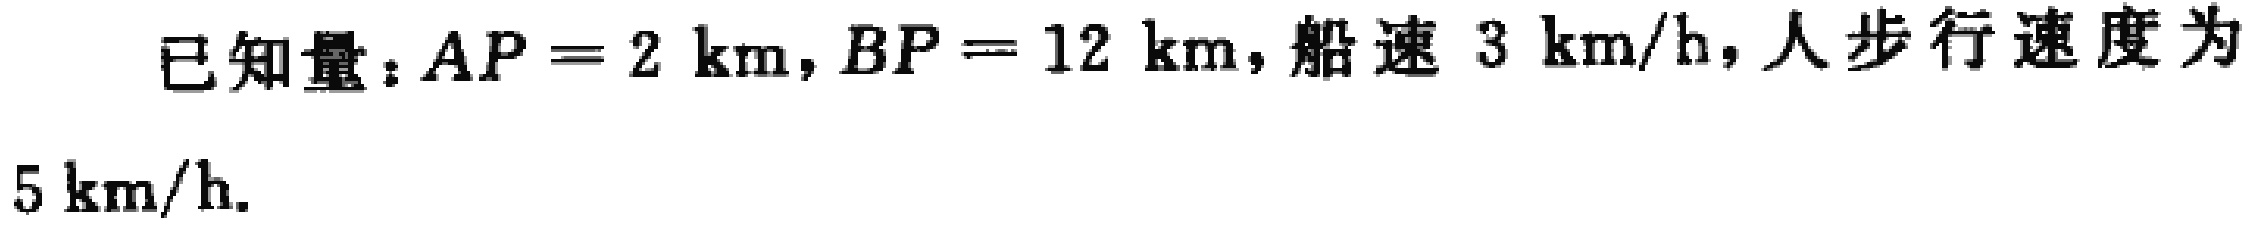
已知量：\(AP = 2\ \mathrm{km}, BP = 12\ \mathrm{km}\)，船速 \(3\ \mathrm{km/h}\)，人步行速度为 \(5\ \mathrm{km/h}\).